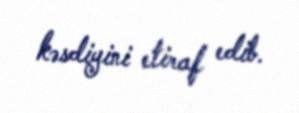
kəsdiyini etiraf edib.